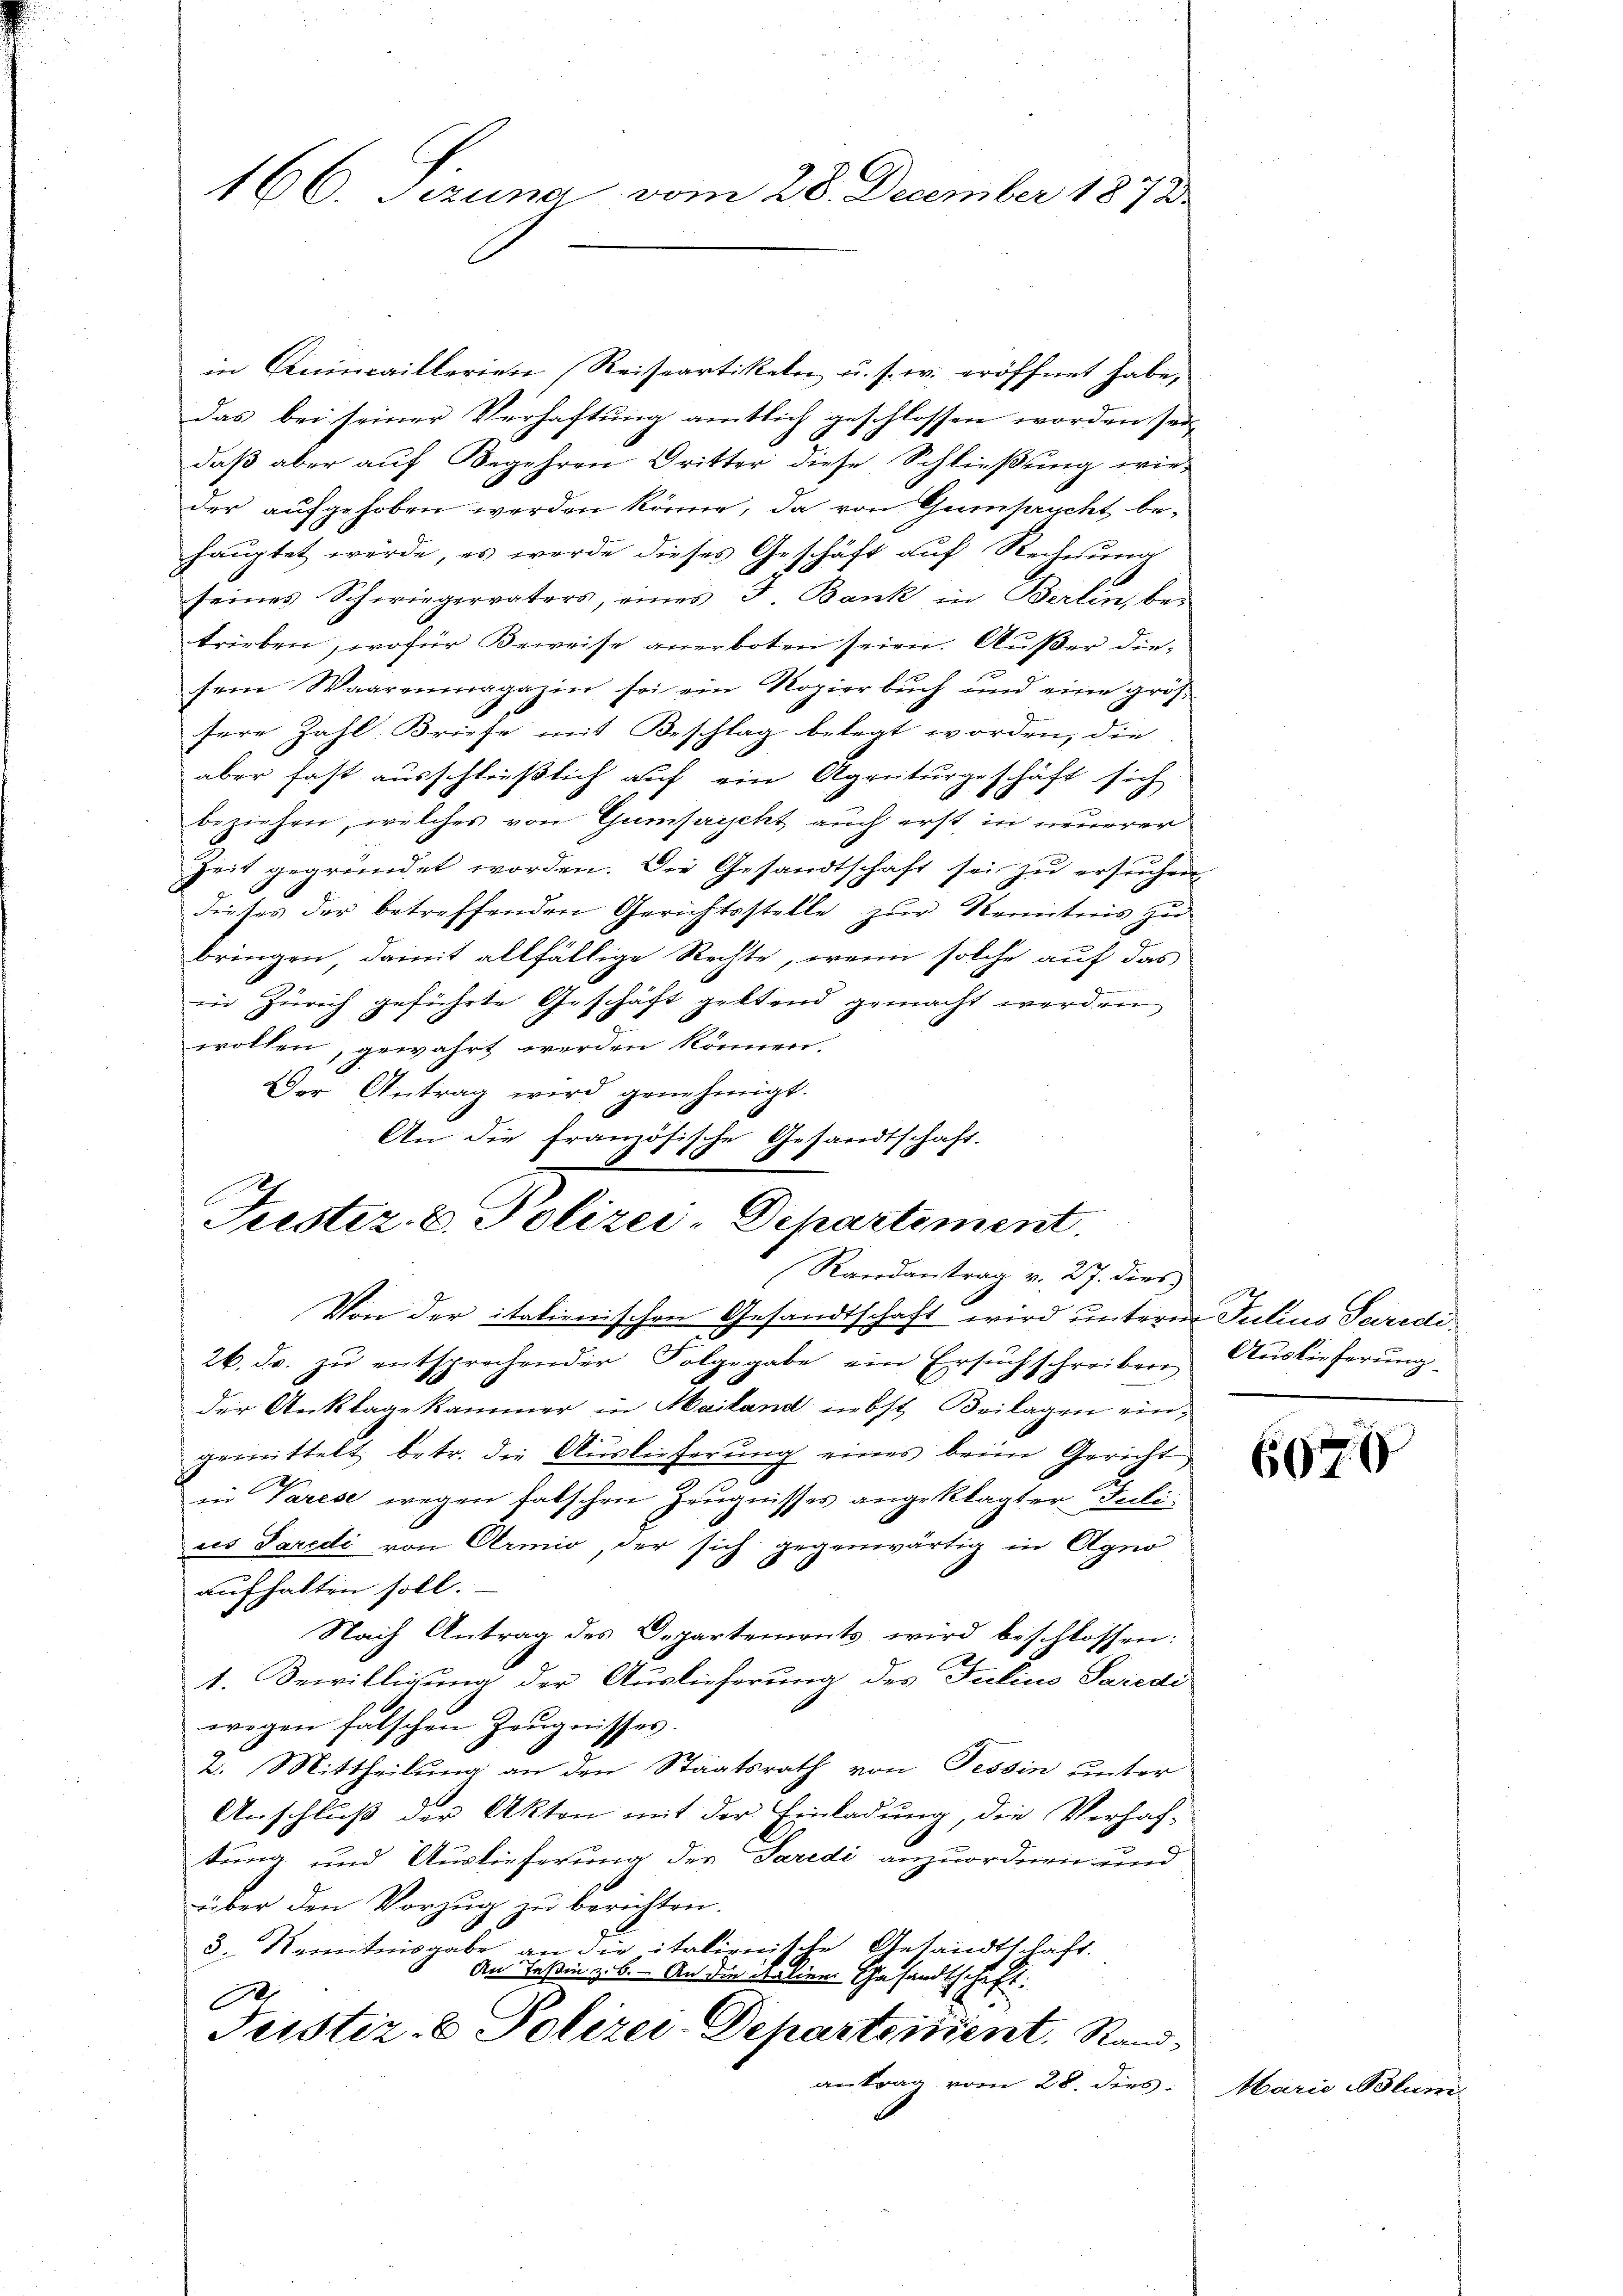
166. Sezuna vom 28. December 1873.

in Reincaillerien (Reiseartikeln u. s. w. eröffnet habe,
das bei seiner Verhaftung amtlich geschlossen worden sei,
daß aber auf Begehren Dritter diese Schließung wie
der aufgehoben werden könne, da von Gumpycht behauptet werde, es werde dieses Geschäft auf Rechnung
seines Schwiegervaters, eines J. Bank in Berlin, be-
trieben, wofür Beweise anerboten seien. Außer diesem Waarenmagazin sei ein Kopier buch und eine grös-
sere Zahl Briefe mit Beschlag belegt worden, die
aber fast ausschließlich auf ein Agriturgeschäft sich
beziehen, welches von Gumpycht auch erst in neuerer
Zeit gegründet worden. Die Gesandtschaft sei zu ersuchen
dieses der betreffenden Gerichtsstelle zur Kenntnis zu
bringen, damit allfällige Rechte, wenn solche auf das
in Zürich geführte Geschäft geltend gemacht werden,
wollen, gewahrt werden können.
Der Antrag wird genehmigt.
An die französische Gesandtschaft.
1

Trestez. B. Polizei-Departement.
Randantrag v. 27. dies

Von der italienischen Gesandtschaft wird unterm Julius Paredi¬
26. Fr. zŭ entsprechender Folgegabe ein Ersŭch schreiben Auslieferŭng
der Anklage kammer in Mailand inbst Beilagen eingemittelt betr. die Auslieferung eines beim Gericht
in Varese wegen falschen Zeugnisses angeklagter Julides Saredi von Armio, der sich gegenwärtig in Agno
aufhalten soll.
Nach Antrag des Departements wird beschlossen:
1. Bewilligung der Auslieferung des Julius Saredi
wegen fälschen Zeugnisses.
2. Mittheilung an den Staatsrath von Tessin unter
Anschluß der Akten mit der Einladung, die Verhaf-
tung und Auslieferung der Paredi anzuordnen und
über den Vorzug zu berichten.
3. Kenntnisgabe an die italienische Gesandtschaft.
An Teßin z. B. - An die Natinne Gesandtschaft.
d
Justiz- & Polizei-Departeidient. Rand¬
Antrag vom 28. dies

600

Marie Blum